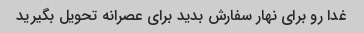
غدا رو برای نهار سفارش بدید برای عصرانه تحویل بگیرید